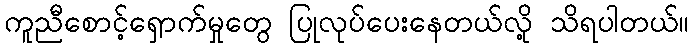
ကူညီစောင့်ရှောက်မှုတွေ ပြုလုပ်ပေးနေတယ်လို့ သိရပါတယ်။